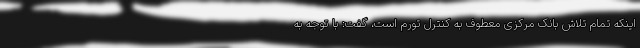
اینکه تمام تلاش بانک مرکزی معطوف به کنترل تورم است، گفت: با توجه به